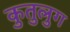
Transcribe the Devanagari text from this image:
कुतुलुग